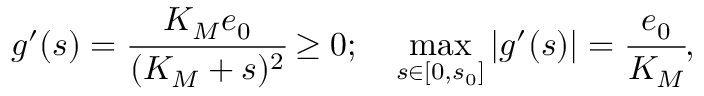
g ^ { \prime } ( s ) = \cfrac { K _ { M } e _ { 0 } } { ( K _ { M } + s ) ^ { 2 } } \geq 0 ; \quad \operatorname* { m a x } _ { s \in [ 0 , s _ { 0 } ] } | g ^ { \prime } ( s ) | = \cfrac { e _ { 0 } } { K _ { M } } ,